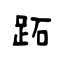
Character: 跖